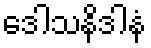
ဒေါသနိဒါနံ